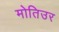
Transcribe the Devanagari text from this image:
मोतिउर